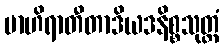
ဗာဟိရာတီတာဒိယဒနိစ္စသုတ္တံ